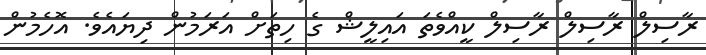
ރާސިލް ރާސިލް ރާސިލް ކީއްވެތަ އައިލީޝް ގެ ހިތަށް އަރަމުން ދިޔައެވެ. އޮހެމުން